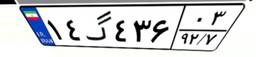
۱۴گ۴۳۶۰۳